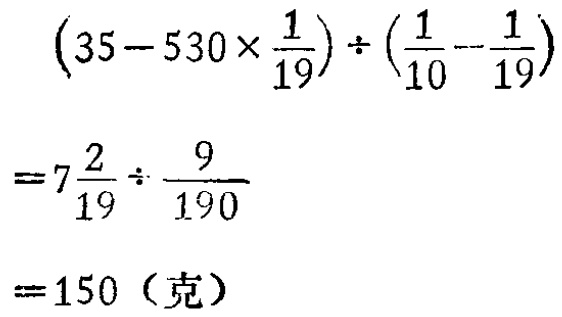
\[\begin{align*}

&(35 - 530\times\frac{1}{19})\div(\frac{1}{10}-\frac{1}{19})\\

=&7\frac{2}{19}\div\frac{9}{190}\\

=&150（克）

\end{align*}\]